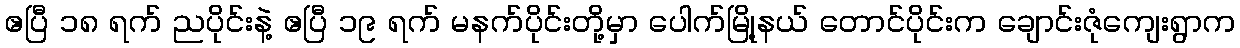
ဧပြီ ၁၈ ရက် ညပိုင်းနဲ့ ဧပြီ ၁၉ ရက် မနက်ပိုင်းတို့မှာ ပေါက်မြို့နယ် တောင်ပိုင်းက ချောင်းဇုံကျေးရွာက